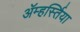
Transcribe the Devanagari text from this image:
ॲम्हर्स्तिया